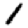
Digit: 1